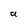
Character: a